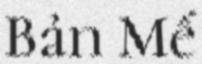
Bản Mế